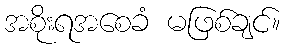
အစိုးရအစေခံ မဖြစ်ချင်။